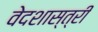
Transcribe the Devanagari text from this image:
वेदशास्त्री